Report of the Municipal Commissioner on the plague in Bombay for the year ending 31st May... - Volume 3
Disease focus: Plague
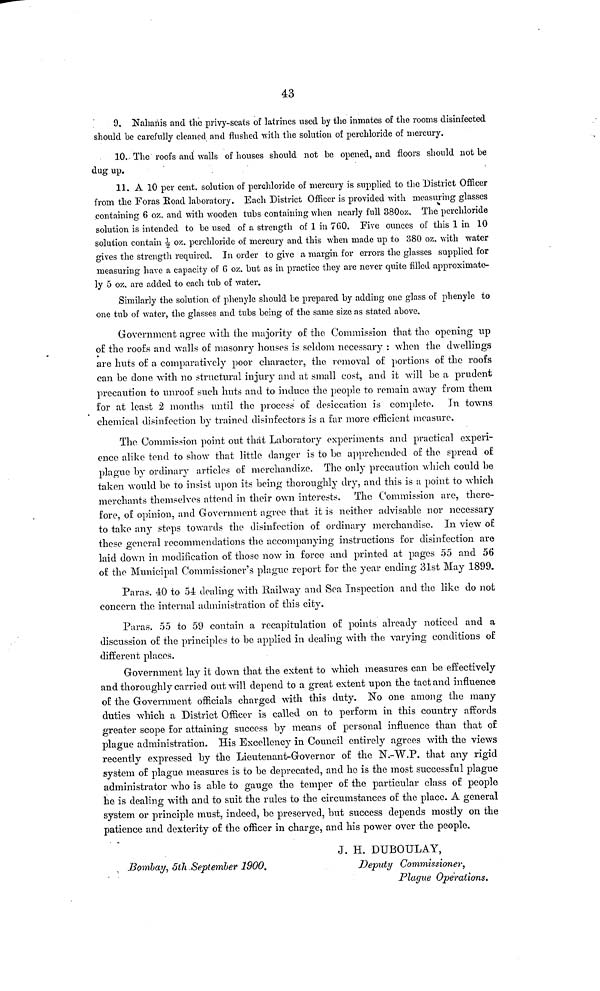
43
9, Nahanis and the privy-seats of latrines used by the inmates of the rooms disinfected
should be carefully cleaned and flushed with the solution of perchloride of mercury.
30. The roofs and Avails of houses should not be opened, and floors should not be
dug up.
11. A 10 per cent. solution of perchloride of mercury is supplied to the 'District Officer
from the Foras Road laboratory. Each District Officer is provided with measuring glasses
containing 6 oz. and with wooden tubs containing when nearly full 380oz. The perchloride
solution is intended to be used of a strength of 1 in 7G0. Five ounces of this 1 in 10
solution contain 1/2 oz. perchloride of mercury and this when made up to 380 oz. with water
gives the strength required. In order to give a margin for errors the glasses supplied for
measuring have a capacity of G oz. but as in practice they are never quite filled approximate-
ly 5 oz. are added to each tub of water.
Similarly the solution of phenyle should be prepared by adding one glass of phenyle to
one tub of water, the glasses and tubs being of the same size as stated above.
Government agree with the majority of the Commission that the opening up
of the roofs and walls of masonry houses is seldom necessary : when the dwellings
are huts of a comparatively poor character, the removal of portions of the roofs
can be done with no structural injury and at small cost, and it will be a prudent
precaution to unroof such huts and to induce the people to remain away from them
for at least 2 months until the process of desiccation is complete. In towns
chemical disinfection by trained disinfectors is a far more efficient measure.
The Commission point out that Laboratory experiments and practical experi-
ence alike tend to show that little danger is to be apprehended of the spread of
plague by ordinary articles of merchandize. The only precaution which could be
taken would be to insist upon its being thoroughly dry, and this is a point to which
merchants themselves attend in their own interests. The Commission are, there-
fore, of opinion, and Government agree that it is neither advisable nor necessary
to take any steps towards the disinfection of ordinary merchandise. In view of
these general recommendations the accompanying instructions for disinfection are
laid down in modification of those now in force and printed at pages 55 and 56
of the Municipal Commissioner's plague report for the year ending 31st May 1899.
Paras. 40 to 54 dealing with Railway and Sea Inspection and the like do not
concern the internal administration of this city.
Paras. 55 to 59 contain a recapitulation of points already noticed and a
discussion of the principles to be applied in dealing with the varying conditions of
different places.
Government lay it down that the extent to which measures can be effectively
and thoroughly carried out will depend to a great extent upon the tact and influence
of the Government officials charged with this duty. No one among the many
duties which a District Officer is called on to perform in this country affords
greater scope for attaining success by means of personal influence than that of
plague administration. His Excellency in Council entirely agrees with the views
recently expressed by the Lieutenant-Governor of the N.-W.P. that any rigid
system of plague measures is to be deprecated, and ho is the most successful plague
administrator who is able to gauge the temper of the particular class of people
he is dealing with and to suit the rules to the circumstances of the place. A general
system or principle must, indeed, be preserved, but success depends mostly on the
patience and dexterity of the officer in charge, and his power over the people.
J. H. DUBOULAY,
Bombay, 5th September 1900,
Deputy Commissioner,
Plague Operations.